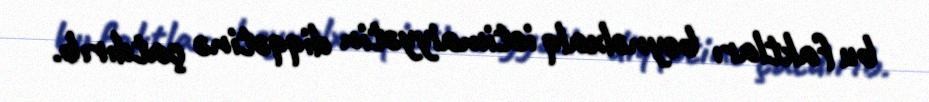
bu faktları beynəlxalq ictimaiyyətin diqqətinə çatdırıb.